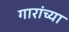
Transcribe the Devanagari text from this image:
गारांच्या